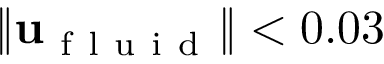
\| \mathbf { u } _ { \mathrm { ~ f ~ l ~ u ~ i ~ d ~ } } \| < 0 . 0 3